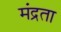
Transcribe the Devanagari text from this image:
मंद्रता